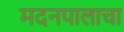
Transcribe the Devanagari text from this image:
मदनपालाचा